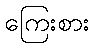
ကြေးစား